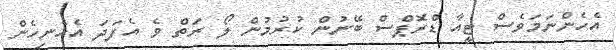
އެހެންނަމަވެސް ޓީއާ ޑްރޮޕްސް ބޭނުން ކުރުމުން ލޯ ރަތް ވެ އެފަދަ އެހެނިހެން